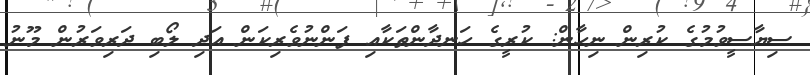
ސިޔާސީވުމުގެ ކުރިން ނިހާން: ކުރީގެ ހަނދާންތަކާއި ފަންނުވެރިކަން އަދި ލޯބި ދަރިވަރުން މޫނު